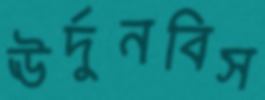
ঊর্দুনবিস